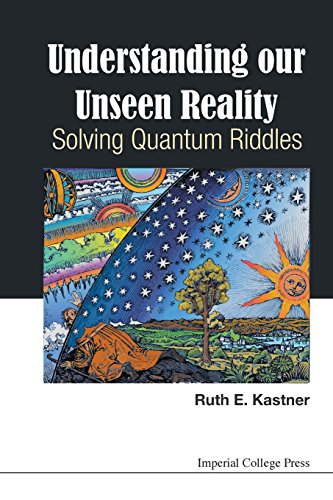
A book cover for Understanding Our Unseen Reality: Solving Quantum Riddles; Ruth E Kastner; Science & Math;